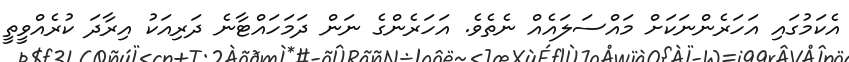
އެކަމުގައި އަހަރެންނަކަށް މައްސަލައެއް ނެތެވެ. އަހަރެންގެ ނަން ދަމަހައްޓާނެ ދަރިއަކު އިރާދަ ކުރެއްވީތީ